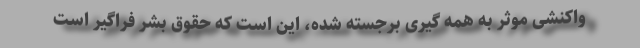
واکنشی موثر به همه گیری برجسته شده، این است که حقوق بشر فراگیر است